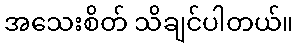
အသေးစိတ် သိချင်ပါတယ်။